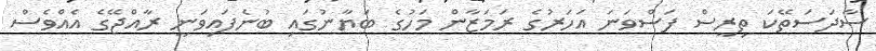
ސާދަސަތޭކަ ތިރީސް ފަސްވަނަ އަހަރުގެ ރަމަޒާން މަހުގެ ބަޔާނުގައި ބުނެފައިވަނީ ރާއްޖޭގެ އެއްވެސް